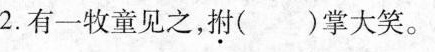
2.有一牧童见之，拊( )掌大笑。